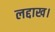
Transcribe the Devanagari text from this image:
लद्दाख।